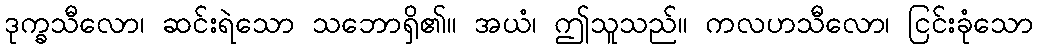
ဒုက္ခသီလော၊ ဆင်းရဲသော သဘောရှိ၏။ အယံ၊ ဤသူသည်။ ကလဟသီလော၊ ငြင်းခုံသော